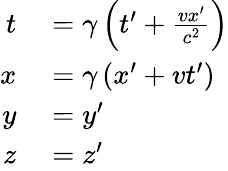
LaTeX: \begin{array}{rl}{t}&{{}=\gamma\left(t^{\prime}+{\frac{vx^{\prime}}{c^{2}}}\right)}\\ {x}&{{}=\gamma\left(x^{\prime}+vt^{\prime}\right)}\\ {y}&{{}=y^{\prime}}\\ {z}&{{}=z^{\prime}}\end{array}